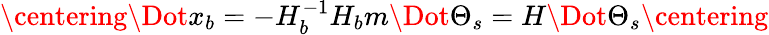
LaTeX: \centering\Dot{x_{b}}=-H_{b}^{-1}H_{b}m\Dot{\Theta_{s}}=H\Dot{\Theta_{s}}\centering